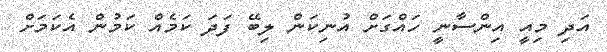
އަދި މިއީ އިންސާނީ ހައްގަށް އުނިކަން ލިބޭ ފަދަ ކަމެއް ކަމުން އެކަމަށް